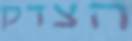
הצדק